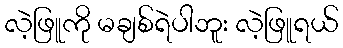
လဲ့ဖြူကို မချစ်ရဲပါဘူး လဲ့ဖြူရယ်